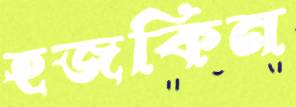
হজকিন